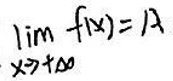
$\lim_{x \to +\infty} f(x) = A$